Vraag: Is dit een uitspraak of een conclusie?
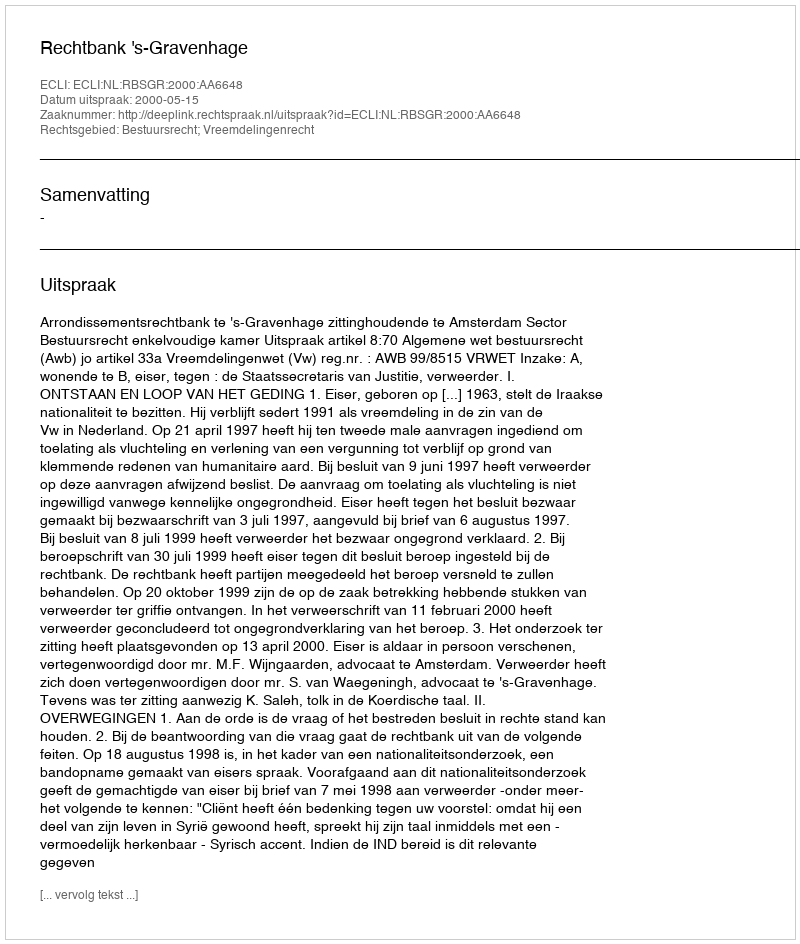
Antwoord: Uitspraak